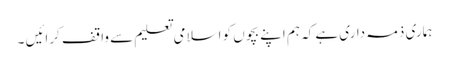
ہماری ذمہ داری ہے کہ ہم اپنے بچوں کو اسلامی تعلیم سے واقف کرائیں ۔